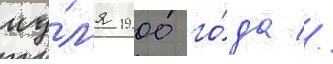
иу́л'я 1900 го́да //